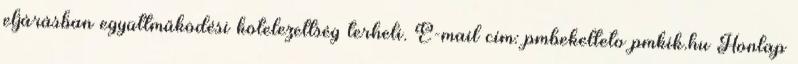
eljárásban együttműködési kötelezettség terheli. E-mail cím: pmbekelteto pmkik.hu Honlap